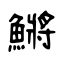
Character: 鱂